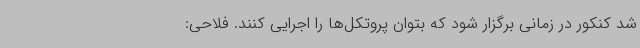
شد کنکور در زمانی برگزار شود که بتوان پروتکل‌ها را اجرایی کنند. فلاحی: